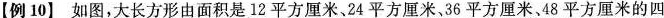
【例10】如图，大长方形由面积是12平方厘米、24平方厘米、36平方厘米、48平方厘米的四